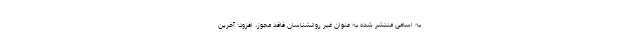
به اسامی منتشر شده به عنوان غیر روانشناسان فاقد مجوز، افزود: آخرین